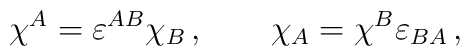
\chi^A=\varepsilon^{AB}\chi_B\,,\qquad \chi_A= \chi^B\varepsilon_{BA}\,,